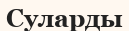
Суларды